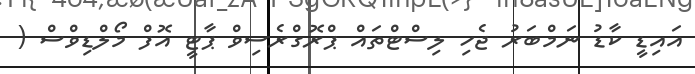
އައިޑީ ކާޑު ނަމްބަރު ޖެހި ލިސްޓްތައް ޕްރޮގްރެސިވް ޕާޓީ އޮފް މޯލްޑިވްސް (